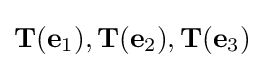
\mathbf {T} (\mathbf {e} _{1}),\mathbf {T} (\mathbf {e} _{2}),\mathbf {T} (\mathbf {e} _{3})